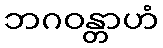
ဘဂဝန္တာဟံ